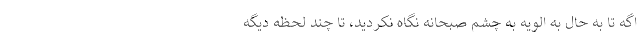
اگه تا به حال به الویه به چشم صبحانه نگاه نکردید، تا چند لحظه دیگه